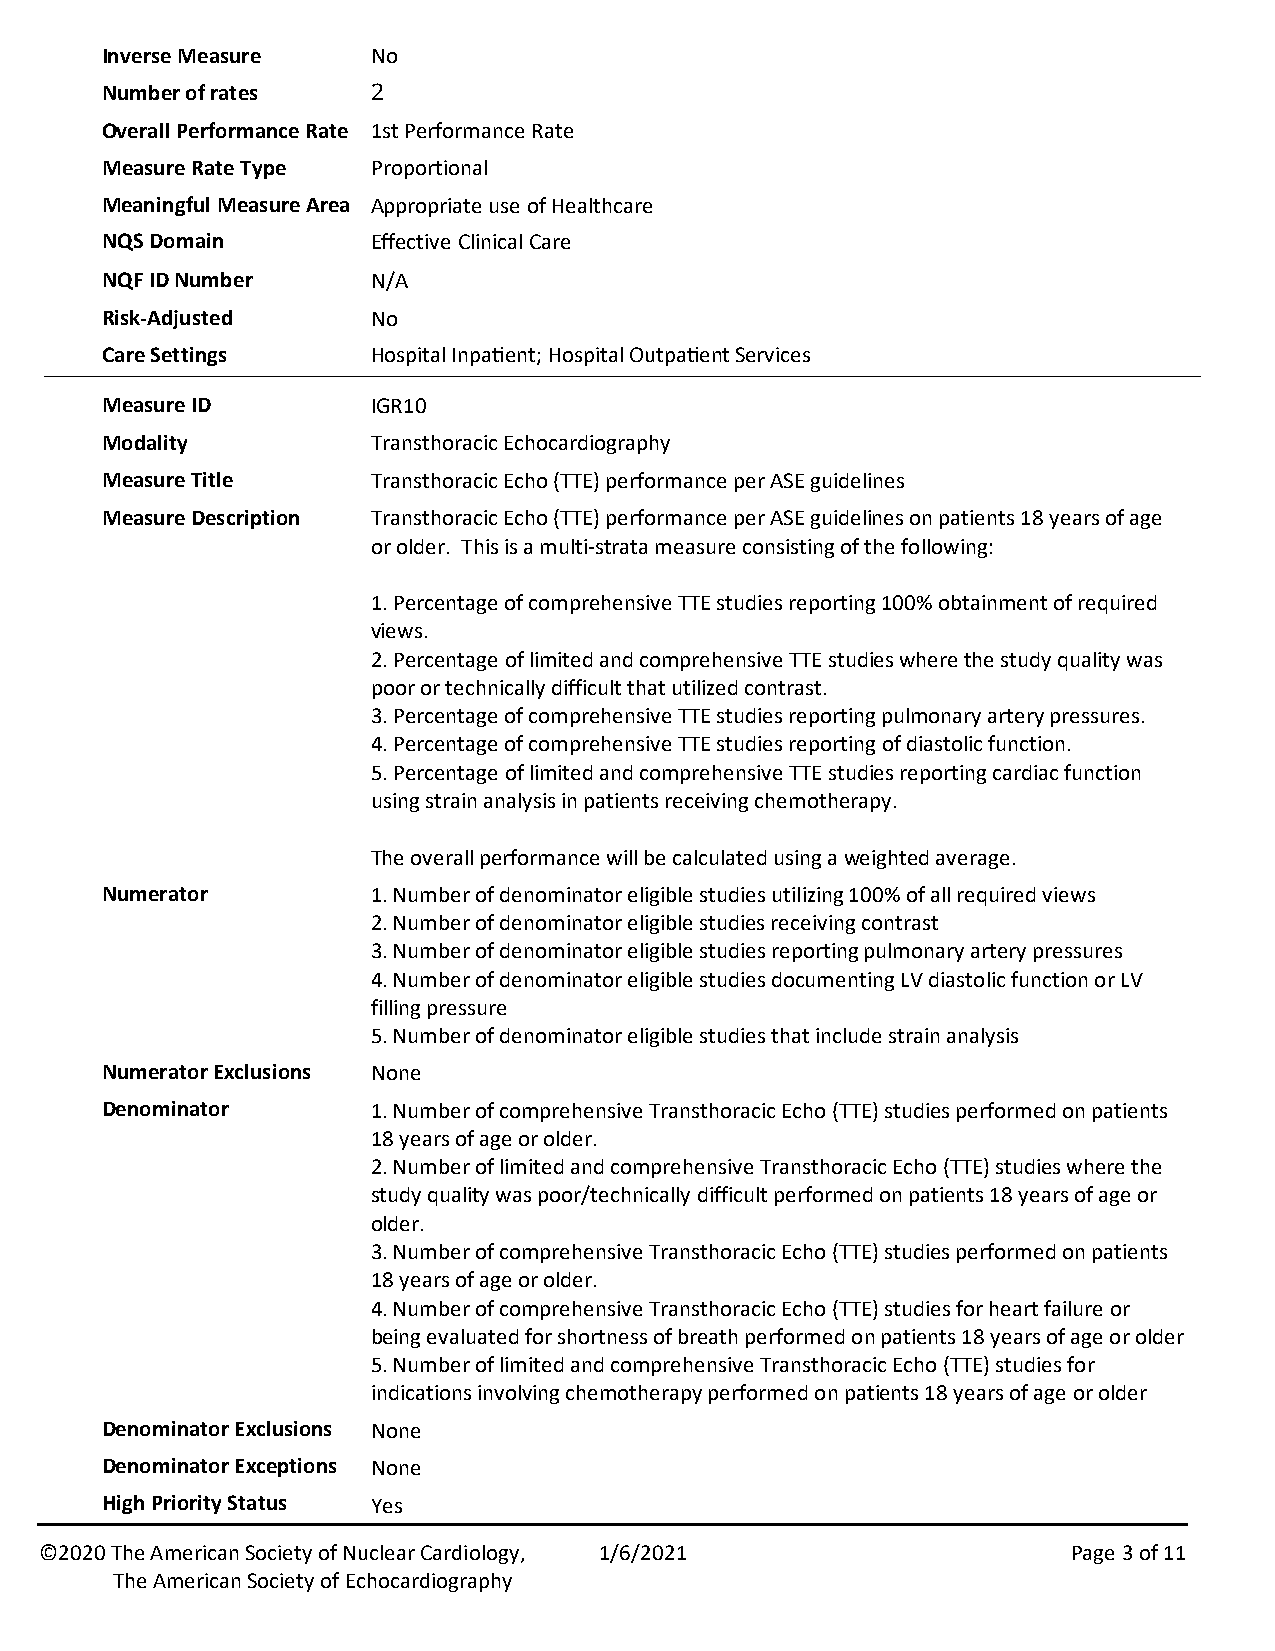
Inverse Measure   No
 Number of rates   2
 Overall Performance Rate 1st Performance Rate
 Measure Rate Type Proportional
 Meaningful Measure Area Appropriate use of Healthcare
 NQS Domain        Effective Clinical Care
 NQF ID Number     N/A
 Risk-Adjusted     No
 Care Settings     Hospital Inpa7ent; Hospital Outpa7ent Services
 Measure ID        IGR10
 Modality          Transthoracic Echocardiography
 Measure Title     Transthoracic Echo (TTE) performance per ASE guidelines
 Measure Description Transthoracic Echo (TTE) performance per ASE guidelines on patients 18 years of age
 or older. This is a multi-strata measure consisting of the following:
 1. Percentage of comprehensive TTE studies reporting 100% obtainment of required
 views.
 2. Percentage of limited and comprehensive TTE studies where the study quality was
 poor or technically difficult that utilized contrast.
 3. Percentage of comprehensive TTE studies reporting pulmonary artery pressures.
 4. Percentage of comprehensive TTE studies reporting of diastolic function.
 5. Percentage of limited and comprehensive TTE studies reporting cardiac function
 using strain analysis in patients receiving chemotherapy.
 The overall performance will be calculated using a weighted average.
 Numerator         1. Number of denominator eligible studies utilizing 100% of all required views
 2. Number of denominator eligible studies receiving contrast
 3. Number of denominator eligible studies reporting pulmonary artery pressures
 4. Number of denominator eligible studies documenting LV diastolic function or LV
 filling pressure
 5. Number of denominator eligible studies that include strain analysis
 Numerator Exclusions None
 Denominator       1. Number of comprehensive Transthoracic Echo (TTE) studies performed on patients
 18 years of age or older.
 2. Number of limited and comprehensive Transthoracic Echo (TTE) studies where the
 study quality was poor/technically difficult performed on patients 18 years of age or
 older.
 3. Number of comprehensive Transthoracic Echo (TTE) studies performed on patients
 18 years of age or older.
 4. Number of comprehensive Transthoracic Echo (TTE) studies for heart failure or
 being evaluated for shortness of breath performed on patients 18 years of age or older
 5. Number of limited and comprehensive Transthoracic Echo (TTE) studies for
 indications involving chemotherapy performed on patients 18 years of age or older
 Denominator Exclusions None
 Denominator Exceptions None
 High Priority Status Yes
 ©2020 The American Society of Nuclear Cardiology, 1/6/2021          Page 3 of 11
 The American Society of Echocardiography